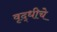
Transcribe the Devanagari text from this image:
वृद्धीचे